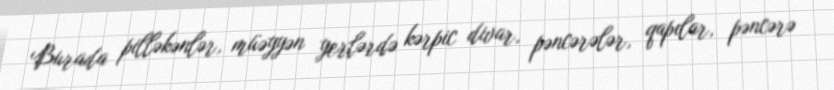
Burada pilləkənlər, müəyyən yerlərdə kərpic divar, pəncərələr, qapılar, pəncərə